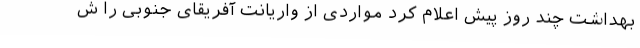
بهداشت چند روز پیش اعلام کرد مواردی از واریانت آفریقای جنوبی را ش